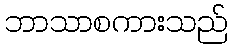
ဘာသာစကားသည်